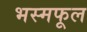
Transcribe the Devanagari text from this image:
भस्मफूल